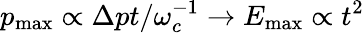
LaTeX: p_{\mathrm{max}}\propto\Delta pt/\omega_{c}^{-1}\to E_{\mathrm{max}}\propto t^{2}